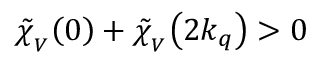
\mathinner { \tilde { \chi } _ { _ V } \mathopen { \left( 0 \right) } } + \mathinner { \tilde { \chi } _ { _ V } \mathopen { \left( 2 k _ { q } \right) } } > 0